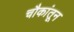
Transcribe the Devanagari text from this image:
चौकांतून